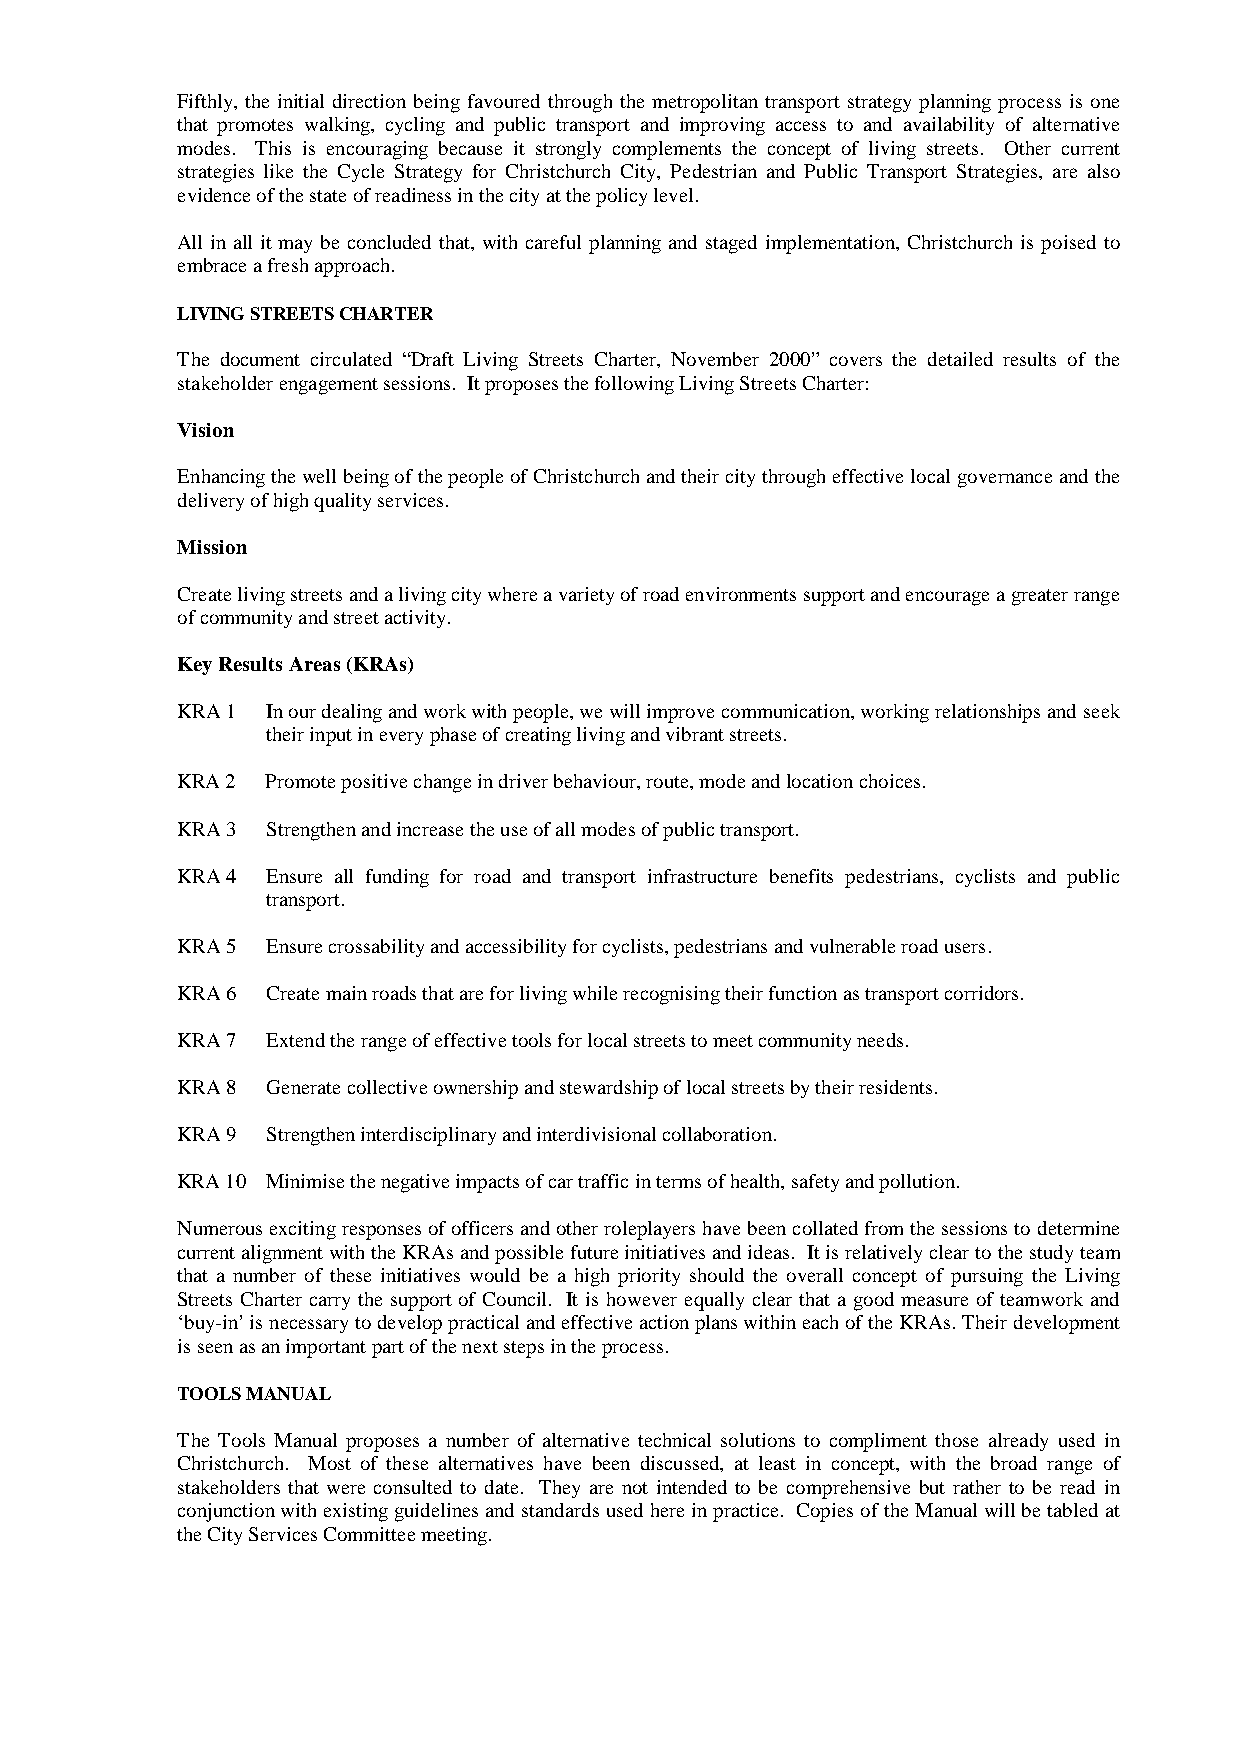
Fifthly, the initial direction being favoured through the metropolitan transport strategy planning process is one
 that promotes walking, cycling and public transport and improving access to and availability of alternative
 modes. This is encouraging because it strongly complements the concept of living streets. Other current
 strategies like the Cycle Strategy for Christchurch City, Pedestrian and Public Transport Strategies, are also
 evidence of the state of readiness in the city at the policy level.
 All in all it may be concluded that, with careful planning and staged implementation, Christchurch is poised to
 embrace a fresh approach.
 LIVING STREETS CHARTER
 The document circulated “Draft Living Streets Charter, November 2000” covers the detailed results of the
 stakeholder engagement sessions. It proposes the following Living Streets Charter:
 Vision
 Enhancing the well being of the people of Christchurch and their city through effective local governance and the
 delivery of high quality services.
 Mission
 Create living streets and a living city where a variety of road environments support and encourage a greater range
 of community and street activity.
 Key Results Areas (KRAs)
 KRA 1 In our dealing and work with people, we will improve communication, working relationships and seek
 their input in every phase of creating living and vibrant streets.
 KRA 2 Promote positive change in driver behaviour, route, mode and location choices.
 KRA 3 Strengthen and increase the use of all modes of public transport.
 KRA 4 Ensure all funding for road and transport infrastructure benefits pedestrians, cyclists and public
 transport.
 KRA 5 Ensure crossability and accessibility for cyclists, pedestrians and vulnerable road users.
 KRA 6 Create main roads that are for living while recognising their function as transport corridors.
 KRA 7 Extend the range of effective tools for local streets to meet community needs.
 KRA 8 Generate collective ownership and stewardship of local streets by their residents.
 KRA 9 Strengthen interdisciplinary and interdivisional collaboration.
 KRA 10 Minimise the negative impacts of car traffic in terms of health, safety and pollution.
 Numerous exciting responses of officers and other roleplayers have been collated from the sessions to determine
 current alignment with the KRAs and possible future initiatives and ideas. It is relatively clear to the study team
 that a number of these initiatives would be a high priority should the overall concept of pursuing the Living
 Streets Charter carry the support of Council. It is however equally clear that a good measure of teamwork and
 ‘buy-in’ is necessary to develop practical and effective action plans within each of the KRAs. Their development
 is seen as an important part of the next steps in the process.
 TOOLS MANUAL
 The Tools Manual proposes a number of alternative technical solutions to compliment those already used in
 Christchurch. Most of these alternatives have been discussed, at least in concept, with the broad range of
 stakeholders that were consulted to date. They are not intended to be comprehensive but rather to be read in
 conjunction with existing guidelines and standards used here in practice. Copies of the Manual will be tabled at
 the City Services Committee meeting.